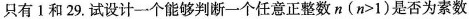
只有1和29.试设计一个能够判断一个任意正整数n($$n > 1$$)是否为素数